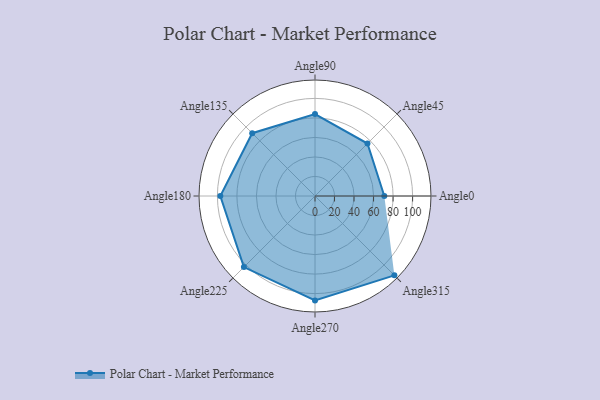
{"axis": {"x": "Angle", "y": "Radius"}, "legend": [""], "data": [{"x": "Angle0", "y": 71.0, "type": ""}, {"x": "Angle45", "y": 76.0, "type": ""}, {"x": "Angle90", "y": 84.0, "type": ""}, {"x": "Angle135", "y": 91.0, "type": ""}, {"x": "Angle180", "y": 97.0, "type": ""}, {"x": "Angle225", "y": 103.0, "type": ""}, {"x": "Angle270", "y": 107.0, "type": ""}, {"x": "Angle315", "y": 115.0, "type": ""}]}